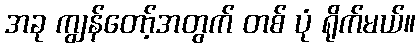
အခု ကျွန်တော့်အတွက် တစ် ပုံ ရိုက်မယ်။